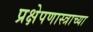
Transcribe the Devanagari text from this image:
प्रक्षेपणास्त्राच्या